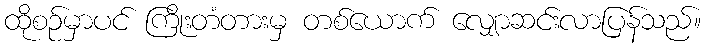
ထိုစဉ်မှာပင် ကြိုးတံတားမှ တစ်ယောက် လျှောဆင်းလာပြန်သည်။